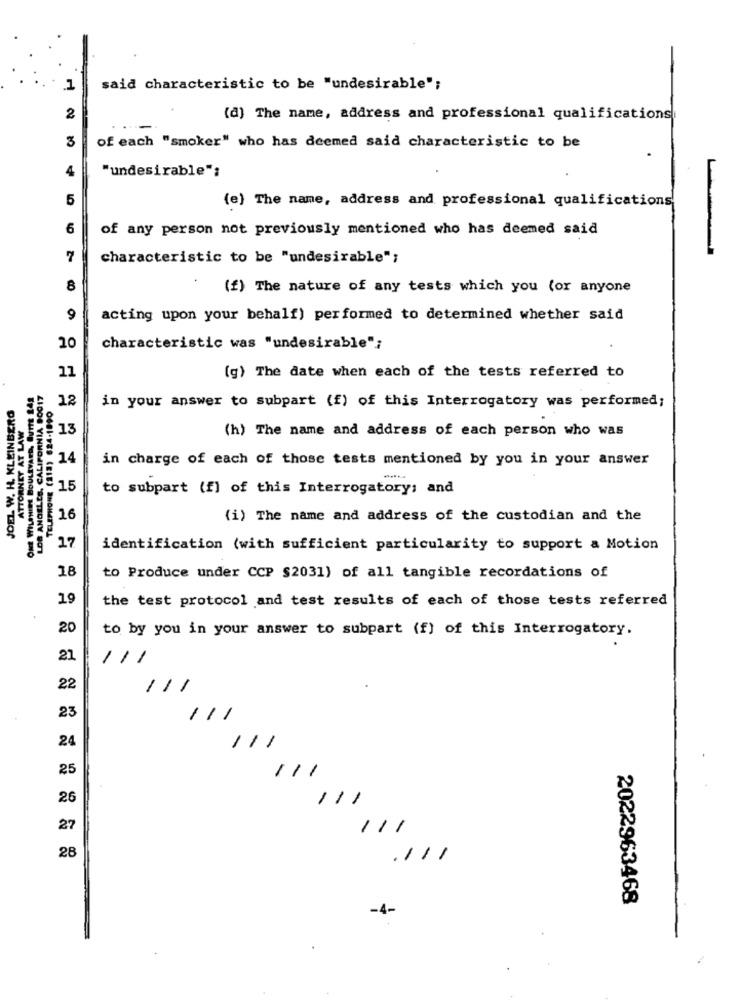
1
said characteristic to be "undesirable";
2
(d) The name, address and professional qualifications
3
of each "smoker" who has deemed said characteristic to be
4
"undesirable":
5
(e) The name, address and professional qualifications
6
of any person not previously mentioned who has deemed said
7
characteristic to be "undesirable";
8
(f) The nature of any tests which you (or anyone
acting upon your behalf) performed to determined whether said
20
characteristic was "undesirable";
11
(g) The date when each of the tests referred to
LOS ANGELES, CALIFORNIA 90017
JOEL W. H. KLEINBERG
12
in your answer to subpart (f) of this Interrogatory was performed;
ATTORNEY AT LAW
13
(h) The name and address of each person who was
14
in charge of each of those tests mentioned by you in your answer
15
to subpart (f) of this Interrogatory; and
16
(i) The name and address of the custodian and the
17
identification (with sufficient particularity to support a Motion
18
to Produce under CCP $2031) of all tangible recordations of
19
the test protocol and test results of each of those tests referred
20
to by you in your answer to subpart (f) of this Interrogatory.
21
/11
22
/11
23
11
-
24
111
25
111
26
111
27
/11
28
.111
2022963468
-4-